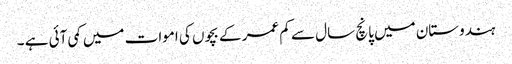
ہندوستان میں پانچ سال سے کم عمر کے بچوں کی اموات میں کمی آئی ہے ۔